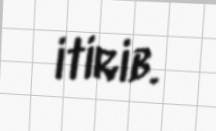
itirib.